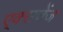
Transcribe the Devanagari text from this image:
ए्क्सचेंज